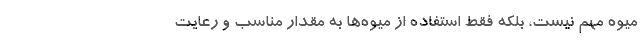
میوه مهم نیست، بلکه فقط استفاده از میوه‌ها به مقدار مناسب و رعایت